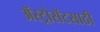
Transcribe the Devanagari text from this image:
ॲस्ट्रोसॅटसाठी